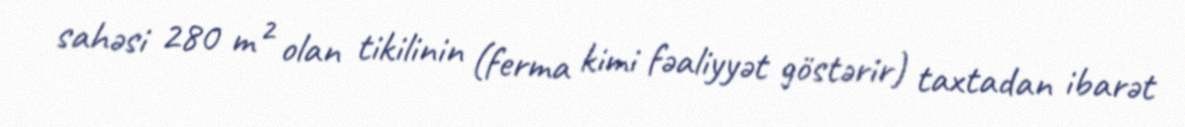
sahəsi 280 m² olan tikilinin (ferma kimi fəaliyyət göstərir) taxtadan ibarət